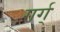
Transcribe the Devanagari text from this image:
गर्ग्